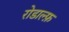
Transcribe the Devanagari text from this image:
रोडाल्फ़